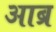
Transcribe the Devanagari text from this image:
आब्र